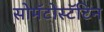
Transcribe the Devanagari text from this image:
सोमॅटोस्टॅटिन